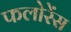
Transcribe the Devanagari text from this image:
फलोरेंस